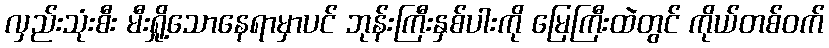
လှည်းသုံးစီး မီးရှို့သောနေရာမှာပင် ဘုန်းကြီးနှစ်ပါးကို မြေကြီးထဲတွင် ကိုယ်တစ်ဝက်